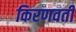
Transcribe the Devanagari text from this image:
किरणवती